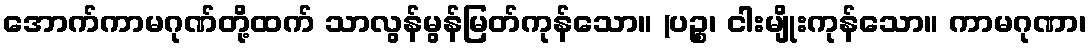
အောက်ကာမဂုဏ်တို့ထက် သာလွန်မွန်မြတ်ကုန်သော။ (ပဉ္စ၊ ငါးမျိုးကုန်သော။ ကာမဂုဏာ၊